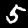
Digit: 5